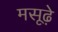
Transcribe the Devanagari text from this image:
मसूढ़े